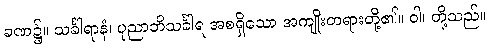
ခဏ၌။ သင်္ခါရာနံ၊ ပုညာဘိသင်္ခါရ အစရှိသော အကျိုးတရားတို့၏။ ဝါ၊ တို့သည်။